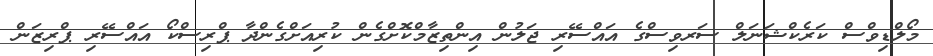
މޯލްޑިވްސް ކަރެކްޝަނަލް ސަރވިސްގެ އައްސޭރި ޖަލުން އިންތިޒާމްކޮށްގެން ކުރިއަށްގެންދާ ޕްރިސްކޯ އައްސޭރި ޕްރިޒަން